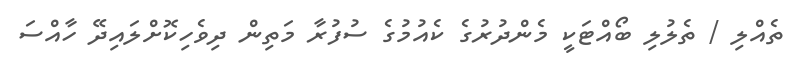
ތެއްލި / ތެލުލި ބޯއްޓަކީ މެންދުރުގެ ކެއުމުގެ ސުފުރާ މަތިން ދިވެހިކޮށްލައިދޭ ހާއްސަ